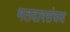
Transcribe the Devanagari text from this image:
मतदारसंघघ